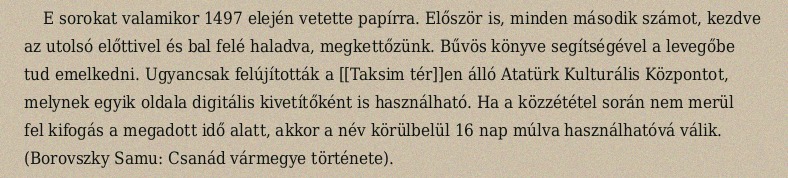
E sorokat valamikor 1497 elején vetette papírra. Először is, minden második számot, kezdve az utolsó előttivel és bal felé haladva, megkettőzünk. Bűvös könyve segítségével a levegőbe tud emelkedni. Ugyancsak felújították a [[Taksim tér]]en álló Atatürk Kulturális Központot, melynek egyik oldala digitális kivetítőként is használható. Ha a közzététel során nem merül fel kifogás a megadott idő alatt, akkor a név körülbelül 16 nap múlva használhatóvá válik. (Borovszky Samu: Csanád vármegye története).